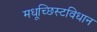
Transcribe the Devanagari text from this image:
मधूच्छिस्टविधान